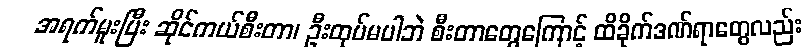
အရက်မူးပြီး ဆိုင်ကယ်စီးတာ၊ ဦးထုပ်မပါဘဲ စီးတာတွေကြောင့် ထိခိုက်ဒဏ်ရာတွေလည်း